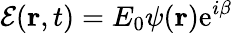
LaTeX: \mathcal{E}({\mathbf r},t)=E_{0}\psi({\mathbf r})\mathrm{e}^{i\beta}